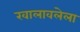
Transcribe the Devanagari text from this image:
खालावलेला